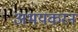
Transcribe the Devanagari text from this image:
अभयकरन